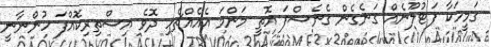
ގަމީހަކާ ފަޓުލޫނެއް ގަނެގެން ގެނެސްފަ އޮތީ މަންމަ އެއެއްޗެހި ދޮވެ އިސްތިރިކޮއްފަ ހުންނާނީ